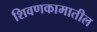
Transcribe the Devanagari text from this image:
शिवणकामातील